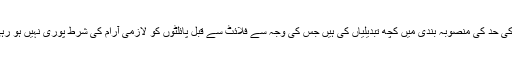
چاکر شاہ نے کہا کہ انتظامیہ نے فلائٹ ڈیوٹی ٹائم کی حد کی منصوبہ بندی میں کچھ تبدیلیاں کی ہیں جس کی وجہ سے فلائٹ سے قبل پائلٹوں کو لازمی آرام کی شرط پوری نہیں ہو رہی ہے، جس سے کریو میں بے چینی پیدا ہوگئی ہے۔